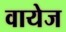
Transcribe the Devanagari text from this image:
वायेज